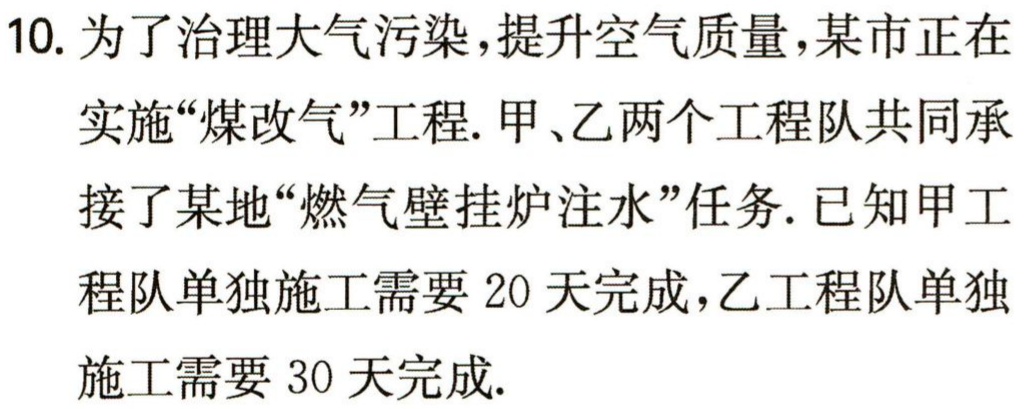
10. 为了治理大气污染，提升空气质量，某市正在

实施“煤改气”工程. 甲、乙两个工程队共同承

接了某地“燃气壁挂炉注水”任务. 已知甲工

程队单独施工需要 20 天完成，乙工程队单独

施工需要 30 天完成.